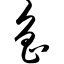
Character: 鲁